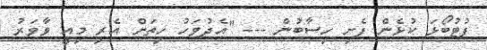
ފުޓުބޯޅަ ކުޅެން ފެށި ހިސާބުން --- "އެދުވަހު ހިތަށް އެރި މިއީ ވާވަރު